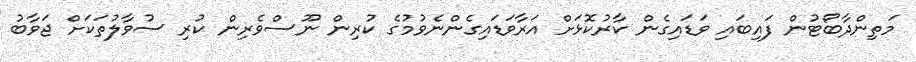
މަތިންދާބޯޓުން ފައިބައި ވަޑައިގެން ކާރުކޮޅަށް އަރާވަޑައިގެންނެވުމުގެ ކުރިން ނޫސްވެރިން ކުރި ސުވާލުތަކަށް ޖަވާބު